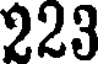
223